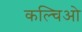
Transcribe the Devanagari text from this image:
कल्चिओ